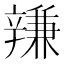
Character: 𨐩